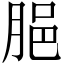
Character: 𦛞